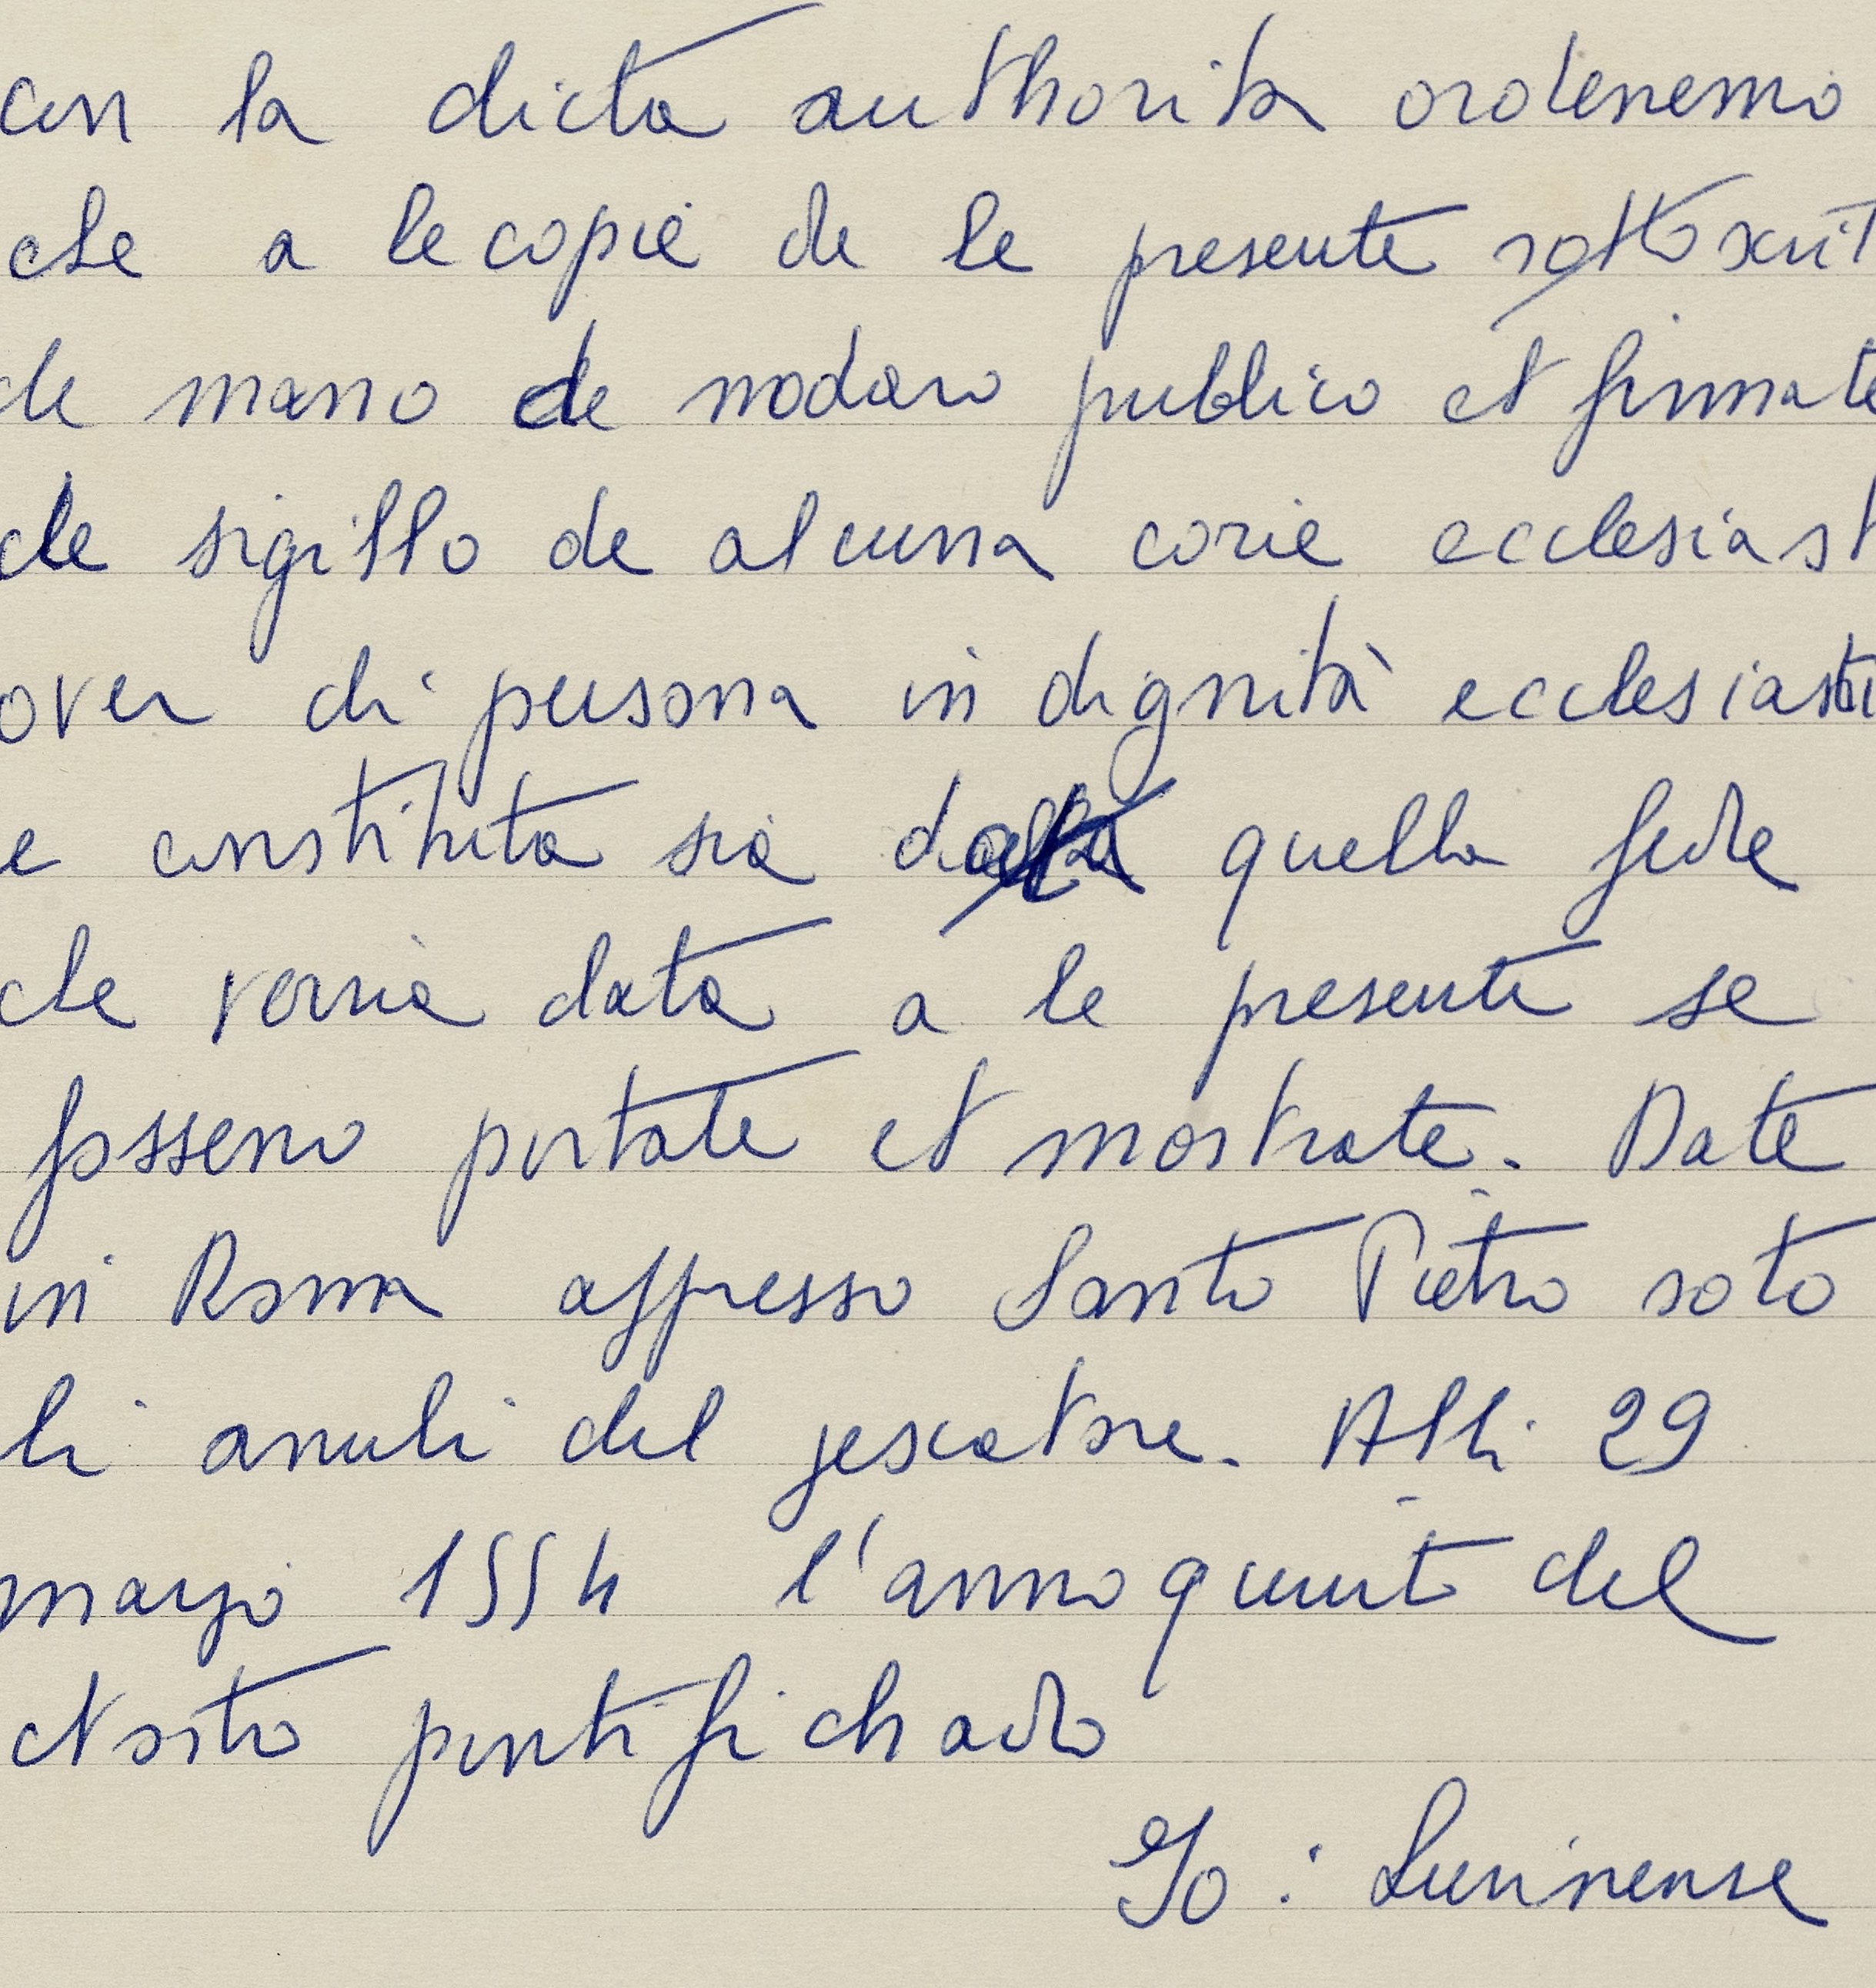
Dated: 1553–1555